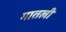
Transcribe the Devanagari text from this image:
गातली